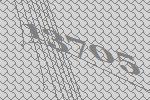
13705